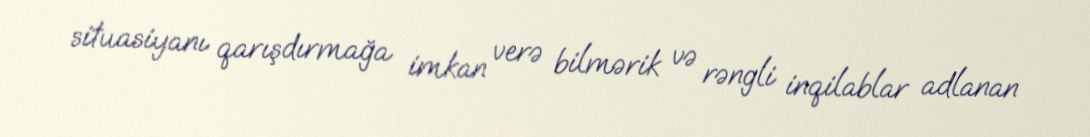
situasiyanı qarışdırmağa imkan verə bilmərik və rəngli inqilablar adlanan